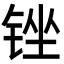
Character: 锉